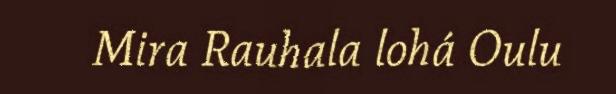
Mira Rauhala lohá Oulu